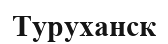
Туруханск